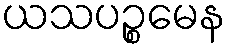
ယသပဉ္စမေန